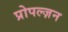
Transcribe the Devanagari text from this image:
प्रोपल्ज़न